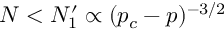
N < N _ { 1 } ^ { \prime } \propto ( p _ { c } - p ) ^ { - 3 / 2 }